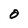
Character: 0